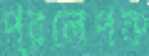
প্রলেপক